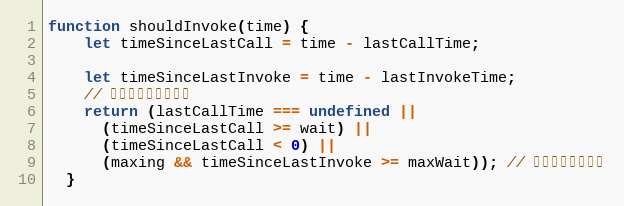
Language: JavaScript
function shouldInvoke(time) {
    let timeSinceLastCall = time - lastCallTime;

    let timeSinceLastInvoke = time - lastInvokeTime;
    // 几种满足条件的情况
    return (lastCallTime === undefined ||
      (timeSinceLastCall >= wait) ||
      (timeSinceLastCall < 0) ||
      (maxing && timeSinceLastInvoke >= maxWait)); // 超过最大等待时间
  }